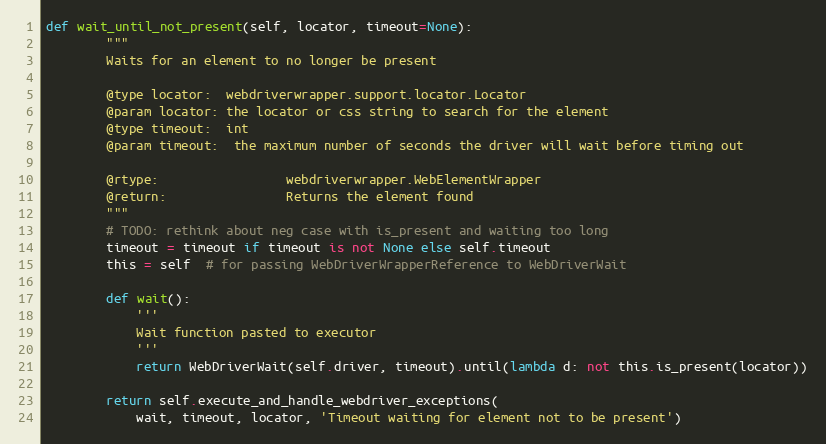
Language: Python
def wait_until_not_present(self, locator, timeout=None):
        """
        Waits for an element to no longer be present

        @type locator:  webdriverwrapper.support.locator.Locator
        @param locator: the locator or css string to search for the element
        @type timeout:  int
        @param timeout:  the maximum number of seconds the driver will wait before timing out

        @rtype:                 webdriverwrapper.WebElementWrapper
        @return:                Returns the element found
        """
        # TODO: rethink about neg case with is_present and waiting too long
        timeout = timeout if timeout is not None else self.timeout
        this = self  # for passing WebDriverWrapperReference to WebDriverWait

        def wait():
            '''
            Wait function pasted to executor
            '''
            return WebDriverWait(self.driver, timeout).until(lambda d: not this.is_present(locator))

        return self.execute_and_handle_webdriver_exceptions(
            wait, timeout, locator, 'Timeout waiting for element not to be present')